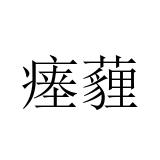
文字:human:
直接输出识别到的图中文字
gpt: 瘗薶